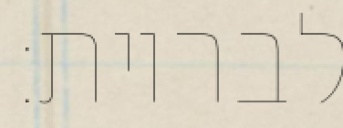
לבריות: